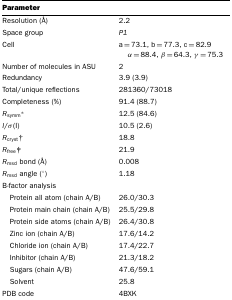
<table><thead><tr><td><b>Parameter</b></td><td></td></tr></thead><tbody><tr><td>Resolution (Å)</td><td>2.2</td></tr><tr><td>Space group</td><td><i>P1</i></td></tr><tr><td>Cell</td><td>a=73.1, b=77.3, c=82.9 α=88.4, β=64.3, γ=75.3</td></tr><tr><td>Number of molecules in ASU</td><td>2</td></tr><tr><td>Redundancy</td><td>3.9 (3.9)</td></tr><tr><td>Total/unique reflections</td><td>281360/73018</td></tr><tr><td>Completeness (%)</td><td>91.4 (88.7)</td></tr><tr><td><i>R</i><sub>symm</sub>*</td><td>12.5 (84.6)</td></tr><tr><td><i>I</i>/σ(I)</td><td>10.5 (2.6)</td></tr><tr><td><i>R</i><sub>cryst</sub>†</td><td>18.8</td></tr><tr><td><i>R</i><sub>free</sub>‡</td><td>21.9</td></tr><tr><td><i>R</i><sub>msd</sub> bond (Å)</td><td>0.008</td></tr><tr><td><i>R</i><sub>msd</sub> angle (°)</td><td>1.18</td></tr><tr><td>B-factor analysis</td><td></td></tr><tr><td> Protein all atom (chain A/B)</td><td>26.0/30.3</td></tr><tr><td> Protein main chain (chain A/B)</td><td>25.5/29.8</td></tr><tr><td> Protein side atoms (chain A/B)</td><td>26.4/30.8</td></tr><tr><td> Zinc ion (chain A/B)</td><td>17.6/14.2</td></tr><tr><td> Chloride ion (chain A/B)</td><td>17.4/22.7</td></tr><tr><td> Inhibitor (chain A/B)</td><td>21.3/18.2</td></tr><tr><td> Sugars (chain A/B)</td><td>47.6/59.1</td></tr><tr><td> Solvent</td><td>25.8</td></tr><tr><td>PDB code</td><td>4BXK</td></tr></tbody></table>